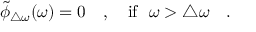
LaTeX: \tilde { \phi } _ { \triangle \omega } ( \omega ) = 0 ~ ~ ~ , ~ ~ ~ \mathrm { i f } ~ ~ \omega > \triangle \omega ~ ~ ~ .